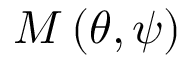
M \left( \theta , \psi \right)